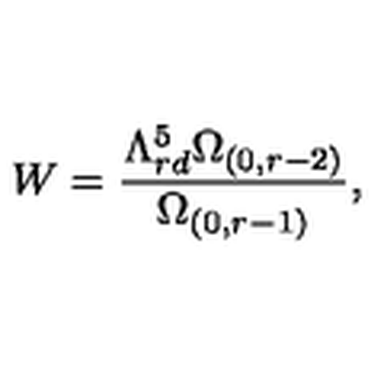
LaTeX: W = \frac { \Lambda _ { r d } ^ { 5 } \Omega _ { ( 0 , r - 2 ) } } { \Omega _ { ( 0 , r - 1 ) } } ,